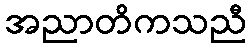
အညာတိကသညီ